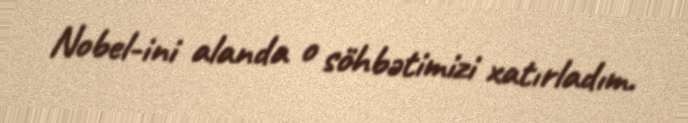
Nobel-ini alanda o söhbətimizi xatırladım.